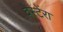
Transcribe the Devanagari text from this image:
वेस्टेंरा